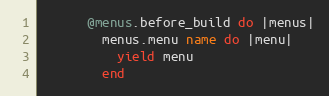
Language: Ruby
      @menus.before_build do |menus|
        menus.menu name do |menu|
          yield menu
        end